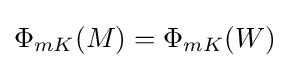
\Phi _{mK}(M)=\Phi _{mK}(W)